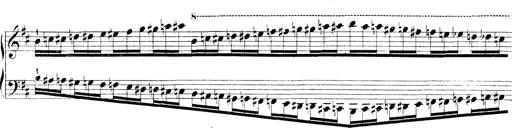
Title: Technische Studien
Composer: Franz Liszt